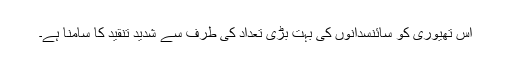
اس تھیوری کو سائنسدانوں کی بہت بڑی تعداد کی طرف سے شدید تنقید کا سامنا ہے۔